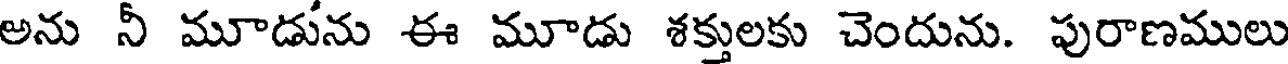
అను నీ మూడును ఈ మూడు శక్తులకు చెందును. పురాణములు